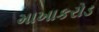
માખાકરોડ